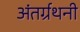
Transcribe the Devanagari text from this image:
अंतर्ग्रथनी